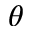
\theta